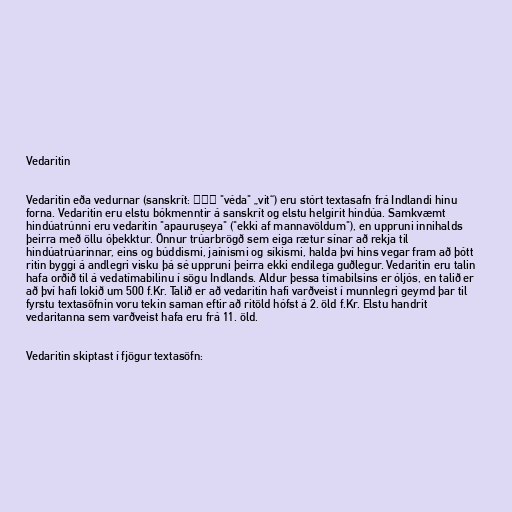
Vedaritin

Vedaritin eða vedurnar (sanskrít: वेद "véda" „vit“) eru stórt textasafn frá Indlandi hinu
forna. Vedaritin eru elstu bókmenntir á sanskrít og elstu helgirit hindúa. Samkvæmt
hindúatrúnni eru vedaritin "apauruṣeya" ("ekki af mannavöldum"), en uppruni innihalds
þeirra með öllu óþekktur. Önnur trúarbrögð sem eiga rætur sínar að rekja til
hindúatrúarinnar, eins og búddismi, jaínismi og síkismi, halda því hins vegar fram að þótt
ritin byggi á andlegri visku þá sé uppruni þeirra ekki endilega guðlegur. Vedaritin eru talin
hafa orðið til á vedatímabilinu í sögu Indlands. Aldur þessa tímabilsins er óljós, en talið er
að því hafi lokið um 500 f.Kr. Talið er að vedaritin hafi varðveist í munnlegri geymd þar til
fyrstu textasöfnin voru tekin saman eftir að ritöld hófst á 2. öld f.Kr. Elstu handrit
vedaritanna sem varðveist hafa eru frá 11. öld.

Vedaritin skiptast í fjögur textasöfn: